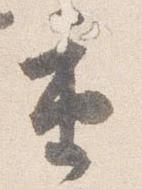
重